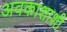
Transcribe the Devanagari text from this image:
अवकाशाशी